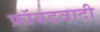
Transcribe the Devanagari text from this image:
फ्रॉयडवादी